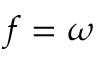
f = \omega